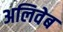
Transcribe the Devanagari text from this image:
अलिवेब